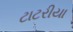
ટાટરીયા